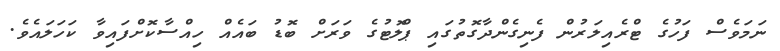
ނަމަވެސް ފަހުގެ ޓްރެއިލަރުން ފެނިގެންދާގޮތުގައި ޕްލޮޓުގެ ވަރަށް ބޮޑު ބައެއް ހިއްސާކޮށްފައިވާ ކަހަލައެވެ.